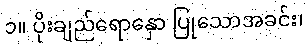
၁။ ပိုးချည်ရောနှော ပြုသောအခင်း၊